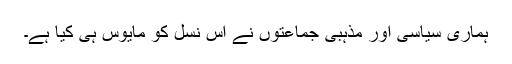
ہماری سیاسی اور مذہبی جماعتوں نے اس نسل کو مایوس ہی کیا ہے۔